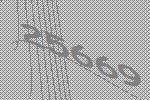
25669